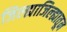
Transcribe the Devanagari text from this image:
जिल्ह्याजिल्ह्यातून